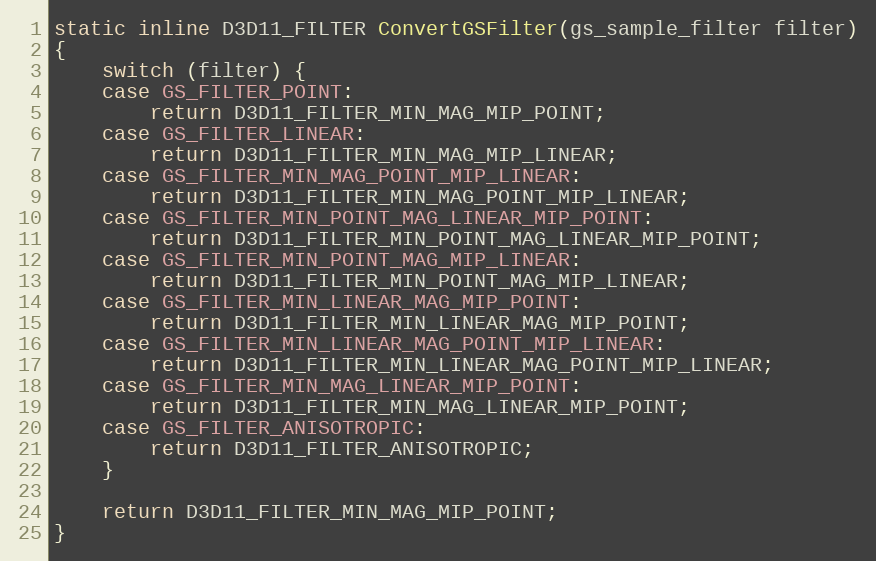
Language: C++
static inline D3D11_FILTER ConvertGSFilter(gs_sample_filter filter)
{
	switch (filter) {
	case GS_FILTER_POINT:
		return D3D11_FILTER_MIN_MAG_MIP_POINT;
	case GS_FILTER_LINEAR:
		return D3D11_FILTER_MIN_MAG_MIP_LINEAR;
	case GS_FILTER_MIN_MAG_POINT_MIP_LINEAR:
		return D3D11_FILTER_MIN_MAG_POINT_MIP_LINEAR;
	case GS_FILTER_MIN_POINT_MAG_LINEAR_MIP_POINT:
		return D3D11_FILTER_MIN_POINT_MAG_LINEAR_MIP_POINT;
	case GS_FILTER_MIN_POINT_MAG_MIP_LINEAR:
		return D3D11_FILTER_MIN_POINT_MAG_MIP_LINEAR;
	case GS_FILTER_MIN_LINEAR_MAG_MIP_POINT:
		return D3D11_FILTER_MIN_LINEAR_MAG_MIP_POINT;
	case GS_FILTER_MIN_LINEAR_MAG_POINT_MIP_LINEAR:
		return D3D11_FILTER_MIN_LINEAR_MAG_POINT_MIP_LINEAR;
	case GS_FILTER_MIN_MAG_LINEAR_MIP_POINT:
		return D3D11_FILTER_MIN_MAG_LINEAR_MIP_POINT;
	case GS_FILTER_ANISOTROPIC:
		return D3D11_FILTER_ANISOTROPIC;
	}

	return D3D11_FILTER_MIN_MAG_MIP_POINT;
}